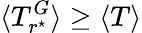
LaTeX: \langle T_{r^{\star}}^{G}\rangle\geq\langle T\rangle